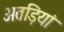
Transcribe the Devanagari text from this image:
अतड़ियां